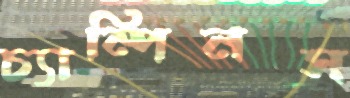
চ্যাম্পিনস